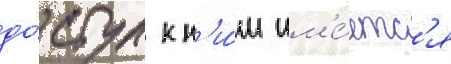
до́ступ к н'и́м им'е́етс'я